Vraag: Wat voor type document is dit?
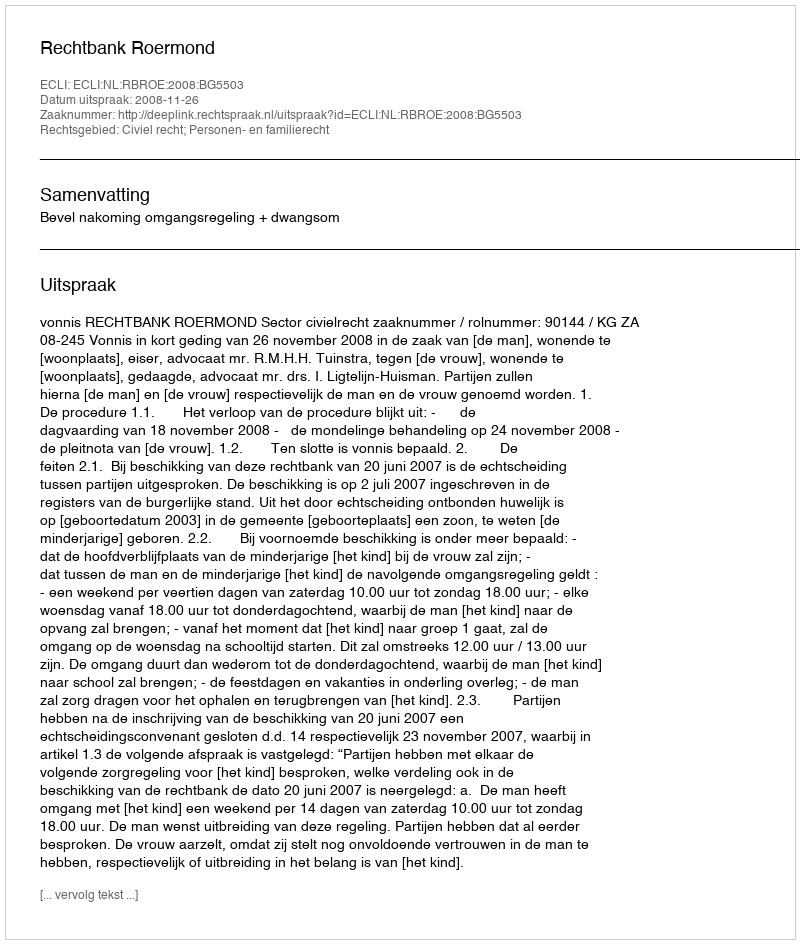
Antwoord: Uitspraak